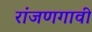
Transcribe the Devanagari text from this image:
रांजणगावी